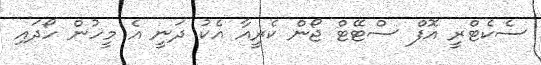
ސެކެޓްރީ އޮފް ސްޓޭޓް ޖޯން ކެރީއާ އެކު ދަނީ އެ މީހުން ހޯދައި